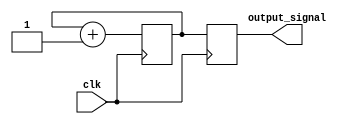
module clock_divider (
    input wire clk,
    output reg [2:0] output_signal
);

reg [2:0] count;

always @ (posedge clk) begin
    count <= count + 1;
    output_signal <= count;
end

endmodule